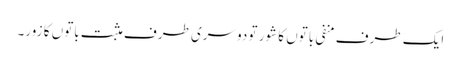
ایک طرف منفی باتوں کا شور تو دوسری طرف مثبت باتوں کا زور۔